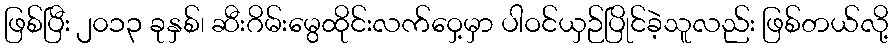
ဖြစ်ပြီး ၂၀၁၃ ခုနှစ်၊ ဆီးဂိမ်းမွေထိုင်းလက်ဝှေ့မှာ ပါဝင်ယှဉ်ပြိုင်ခဲ့သူလည်း ဖြစ်တယ်လို့